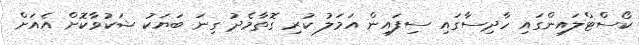
ކޯސްޓްލައިންގައި ހާދިސާގައި ސިފައިން އަމަލު ކުރި ގޮތާމެދު ގިނަ ބަޔަކު ޝަކުވާކޮށް އެއަށް